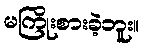
မကြိုးစားခဲ့ဘူး။